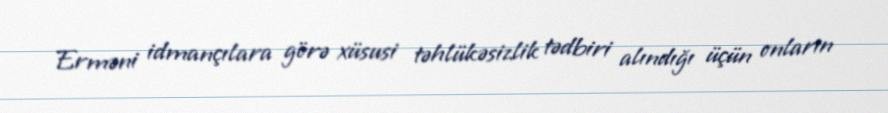
Erməni idmançılara görə xüsusi təhlükəsizlik tədbiri alındığı üçün onların